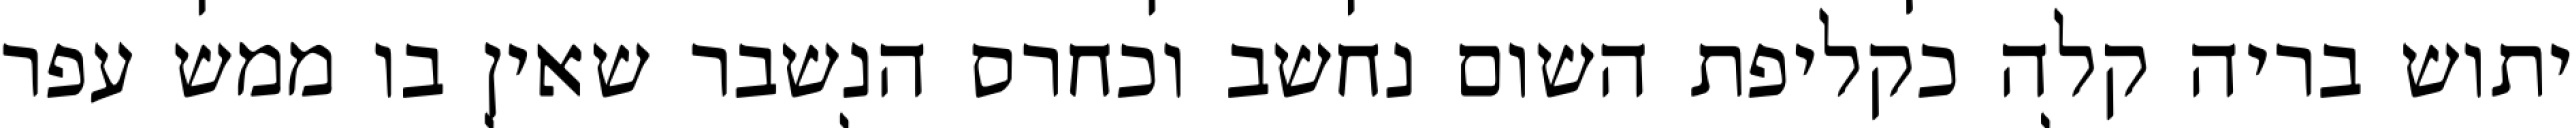
יתוש בריה קלה כקליפת השום נחשב וכחרס הנשבר שאין בו ממש עפר